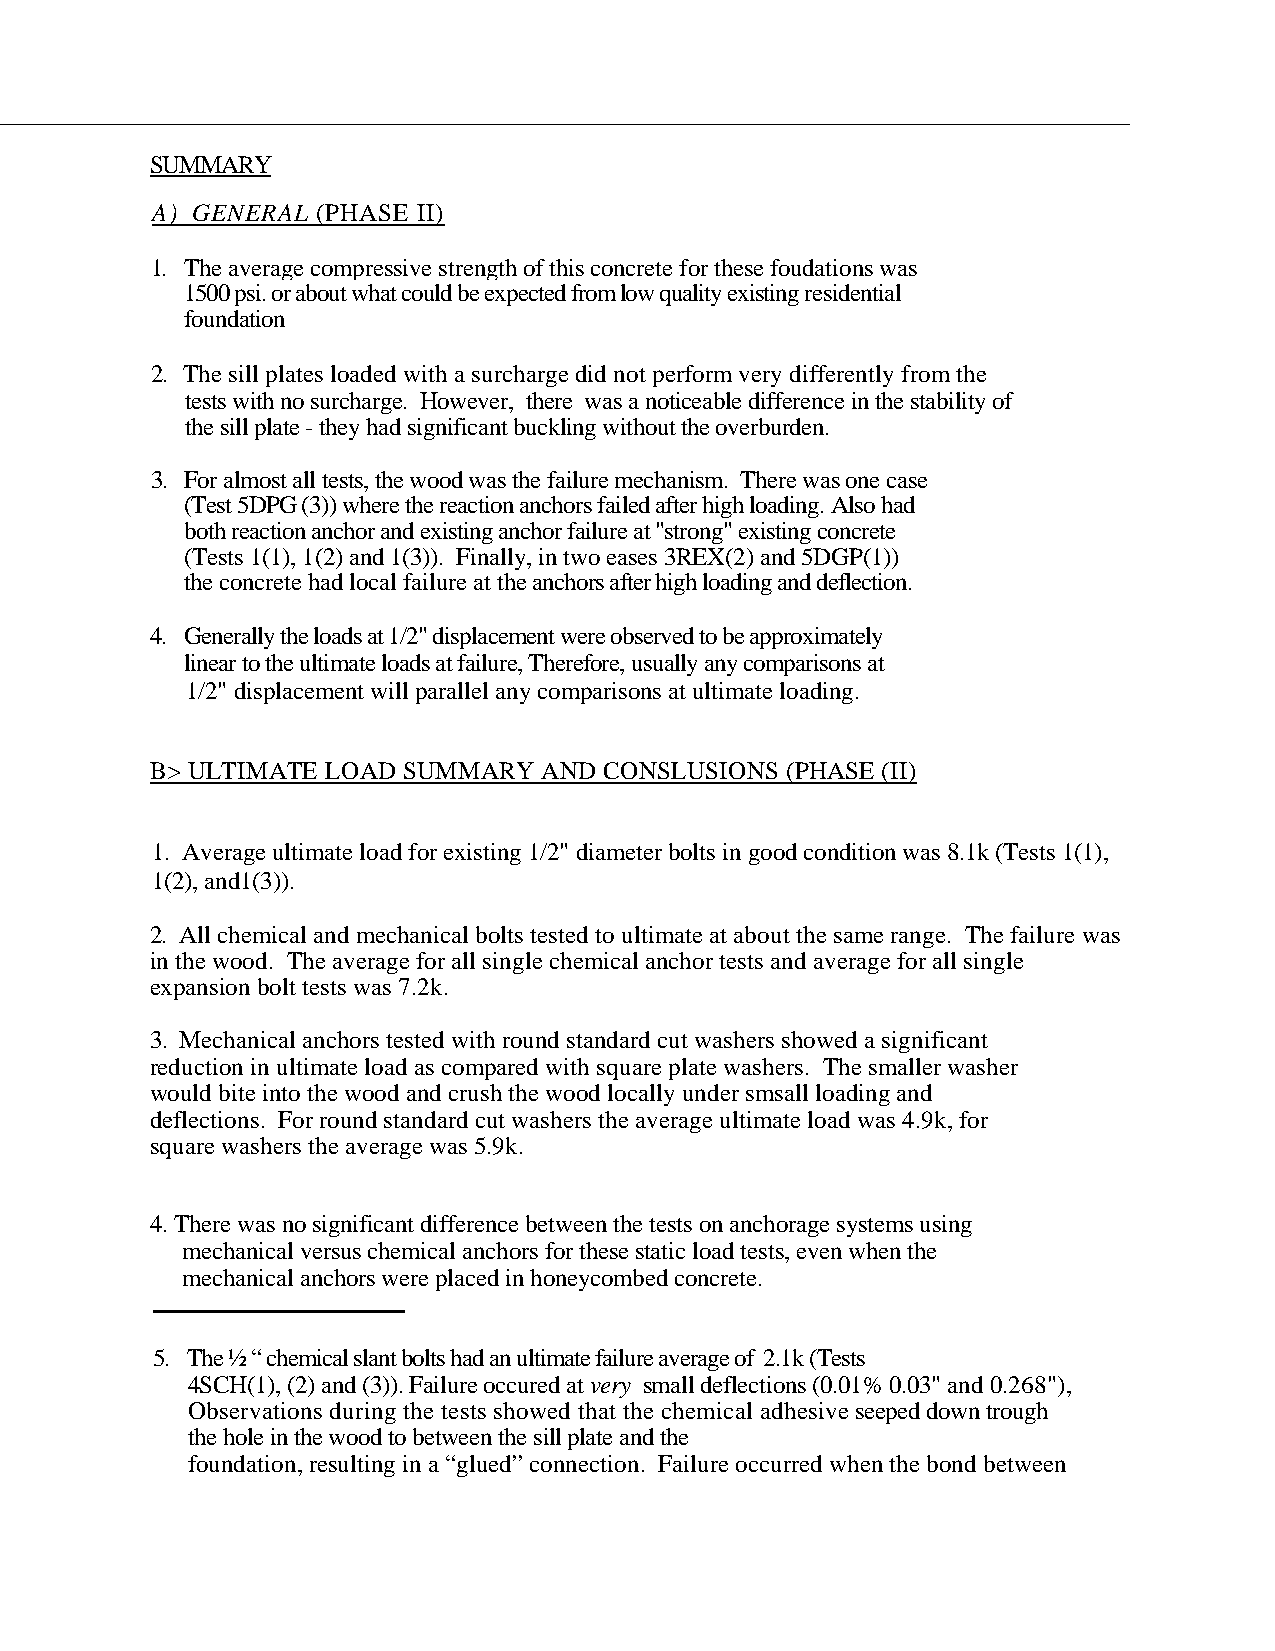
SUMMARY
 A) GENERAL (PHASE II)
 1. The average compressive strength of this concrete for these foudations was
 1500 psi. or about what could be expected from low quality existing residential
 foundation
 2. The sill plates loaded with a surcharge did not perform very differently from the
 tests with no surcharge. However, there was a noticeable difference in the stability of
 the sill plate - they had significant buckling without the overburden.
 3. For almost all tests, the wood was the failure mechanism. There was one case
 (Test 5DPG (3)) where the reaction anchors failed after high loading. Also had
 both reaction anchor and existing anchor failure at "strong" existing concrete
 (Tests 1(1), 1(2) and 1(3)). Finally, in two eases 3REX(2) and 5DGP(1))
 the concrete had local failure at the anchors after high loading and deflection.
 4. Generally the loads at 1/2" displacement were observed to be approximately
 linear to the ultimate loads at failure, Therefore, usually any comparisons at
 1/2" displacement will parallel any comparisons at ultimate loading.
 B> ULTIMATE LOAD SUMMARY  AND CONSLUSIONS (PHASE (II)
 1. Average ultimate load for existing 1/2" diameter bolts in good condition was 8.1k (Tests 1(1),
 1(2), and1(3)).
 2. All chemical and mechanical bolts tested to ultimate at about the same range. The failure was
 in the wood. The average for all single chemical anchor tests and average for all single
 expansion bolt tests was 7.2k.
 3. Mechanical anchors tested with round standard cut washers showed a significant
 reduction in ultimate load as compared with square plate washers. The smaller washer
 would bite into the wood and crush the wood locally under smsall loading and
 deflections. For round standard cut washers the average ultimate load was 4.9k, for
 square washers the average was 5.9k.
 4. There was no significant difference between the tests on anchorage systems using
 mechanical versus chemical anchors for these static load tests, even when the
 mechanical anchors were placed in honeycombed concrete.
 5. The ½ “ chemical slant bolts had an ultimate failure average of 2.1k (Tests
 4SCH(1), (2) and (3)). Failure occured at very small deflections (0.01% 0.03" and 0.268"),
 Observations during the tests showed that the chemical adhesive seeped down trough
 the hole in the wood to between the sill plate and the
 foundation, resulting in a “glued” connection. Failure occurred when the bond between